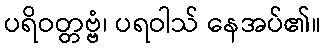
ပရိဝတ္တဗ္ဗံ၊ ပရဝါသ် နေအပ်၏။